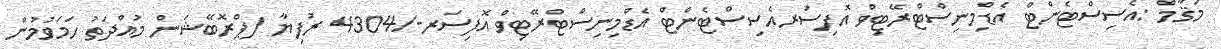
މަޤާމް :އެސިސްޓެންޓް އެޑްމިނިސްޓްރޭޓިވް އޮފިސަރއެސިސްޓެންޓް އެޑްމިނިސްޓްރޭޓިވް އޮފިސަރ-/4304 ރުފިޔާ (ޕްރޮބޭޝަން މުއްދަތު ހަމަވުމުން